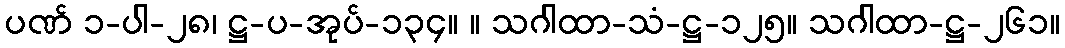
ပဏ် ၁-ပါ-၂၈၊ ဋ္ဌ-ပ-အုပ်-၁၃၄။ ။ သဂါထာ-သံ-ဋ္ဌ-၁၂၅။ သဂါထာ-ဋ္ဌ-၂၆၁။